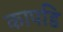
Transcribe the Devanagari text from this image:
कापडि